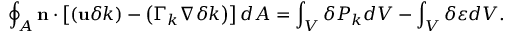
\oint _ { A } \mathbf { n } \cdot \left[ \left( \mathbf { u } \delta k \right) - \left( \Gamma _ { k } \nabla \delta k \right) \right] d A = \int _ { V } \delta P _ { k } d V - \int _ { V } \delta \varepsilon d V .